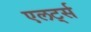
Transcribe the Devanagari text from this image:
एलर्ट्स